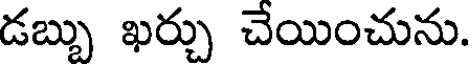
డబ్బు ఖర్చు చేయించును.